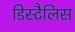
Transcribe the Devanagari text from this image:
डिस्टैलिस